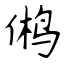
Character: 鸺